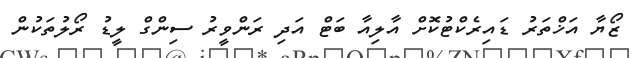
ޒޯޔާ އަޚްތަރު ޑައިރެކްޓުކޮށް އާލިއާ ބަޓް އަދި ރަންވީރު ސިންގް ލީޑު ރޯލުތަކުން